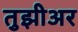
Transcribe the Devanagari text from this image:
तुझीअर